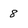
Character: 8